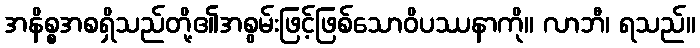
အနိစ္စအစရှိသည်တို့၏အစွမ်းဖြင့်ဖြစ်သောဝိပဿနာကို။ လာဘီ၊ ရသည်။